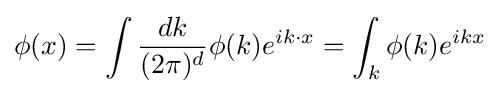
\phi (x)=\int {\frac {dk}{(2\pi )^{d}}}\phi (k)e^{ik\cdot x}=\int _{k}\phi (k)e^{ikx}